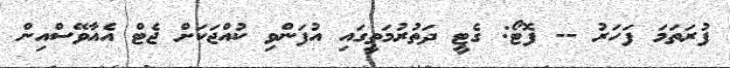
ފުރަތަމަ ފަހަރު -- ފޮޓޯ: ގެޓީ ދަތުރުމަތީގައި އުފަންވި ކުއްޖަކަށް ޖެޓް އެއާވޭސްއިން